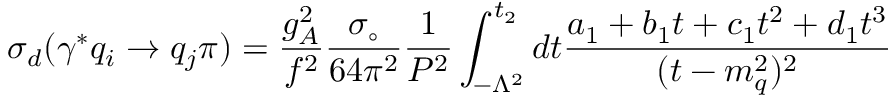
\sigma _ { d } ( \gamma ^ { * } q _ { i } \rightarrow q _ { j } \pi ) = \frac { g _ { A } ^ { 2 } } { f ^ { 2 } } \frac { \sigma _ { \circ } } { 6 4 \pi ^ { 2 } } \frac { 1 } { P ^ { 2 } } \int _ { - \Lambda ^ { 2 } } ^ { t _ { 2 } } d t \frac { a _ { 1 } + b _ { 1 } t + c _ { 1 } t ^ { 2 } + d _ { 1 } t ^ { 3 } } { ( t - m _ { q } ^ { 2 } ) ^ { 2 } }